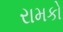
રામકો